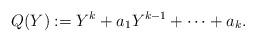
LaTeX: \begin{align*}Q(Y):=Y^k + a_1Y^{k-1} + \cdots + a_k.\end{align*}